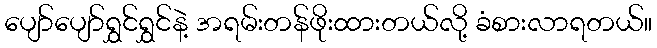
ပျော်ပျော်ရွှင်ရွှင်နဲ့ အရမ်းတန်ဖိုးထားတယ်လို့ ခံစားလာရတယ်။